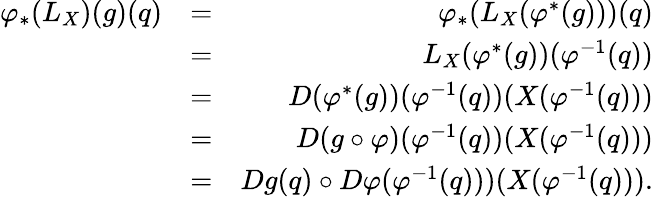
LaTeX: \begin{array}{rlr}{\varphi_{*}(L_{X})(g)(q)}&{=}&{\varphi_{*}(L_{X}(\varphi^{*}(g)))(q)}\\ &{=}&{L_{X}(\varphi^{*}(g))(\varphi^{-1}(q))}\\ &{=}&{D(\varphi^{*}(g))(\varphi^{-1}(q))(X(\varphi^{-1}(q)))}\\ &{=}&{D(g\circ\varphi)(\varphi^{-1}(q))(X(\varphi^{-1}(q)))}\\ &{=}&{Dg(q)\circ D\varphi(\varphi^{-1}(q)))(X(\varphi^{-1}(q))).}\end{array}